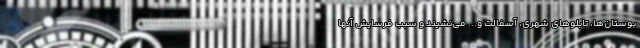
بوستان‌ها، تابلوهای شهری، آسفالت و... می‌نشیند و سبب فرسایش آنها